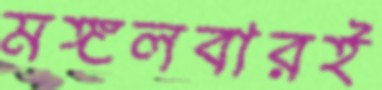
মঙ্গলবারই